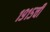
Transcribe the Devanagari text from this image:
१९१५ची